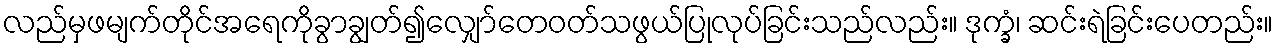
လည်မှဖမျက်တိုင်အရေကိုခွာချွတ်၍လျှော်တေဝတ်သဖွယ်ပြုလုပ်ခြင်းသည်လည်း။ ဒုက္ခံ၊ ဆင်းရဲခြင်းပေတည်း။